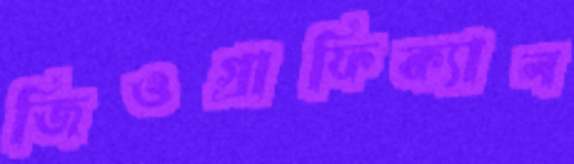
জিওগ্রাফিক্যাল